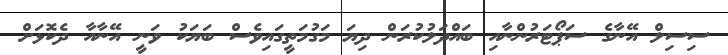
ސިސިލް އޭނާގެ ސަޕޯޓަރުންނާއި ބައްދަލުކުރަން ދިޔަ މަގުމަތީގައިވެސް ބަޔަކު ވަނީ އޭނާއާ ދެކޮޅަށް